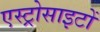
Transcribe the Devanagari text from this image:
एस्ट्रोसाइटों